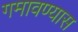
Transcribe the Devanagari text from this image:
गमावण्यास